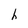
Character: h